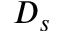
D _ { s }